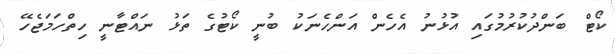
ކޯޓް ބަންދުކުރުމުގައި އުޅުނު އެހެން އަންހެނަކު ބުނީ ކޯޓުގެ ތަޅު ނައްޓާނީ ހިތްހަމަޖެހޭ